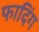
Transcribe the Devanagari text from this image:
फादिंग